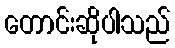
တောင်းဆိုပါသည်